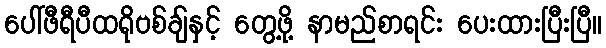
ပေါ်ဖီရီပီထရိုဗစ်ချ်နှင့် တွေ့ဖို့ နာမည်စာရင်း ပေးထားပြီးပြီ။